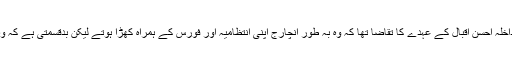
انہوں نے کہا کہ موجودہ وزیر داخلہ احسن اقبال کے عہدے کا تقاضا تھا کہ وہ بہ طور انچارج اپنی انتظامیہ اور فورس کے ہمراہ کھڑا ہوتے لیکن بدقسمتی ہے کہ وہ اپنے منصب سے بے خبر ہیں۔